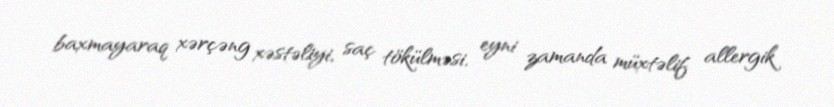
baxmayaraq xərçəng xəstəliyi, saç tökülməsi, eyni zamanda müxtəlif allergik